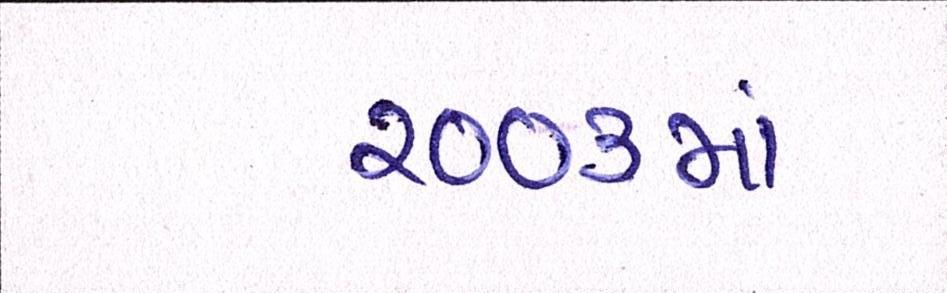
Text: ૨૦૦૩માં